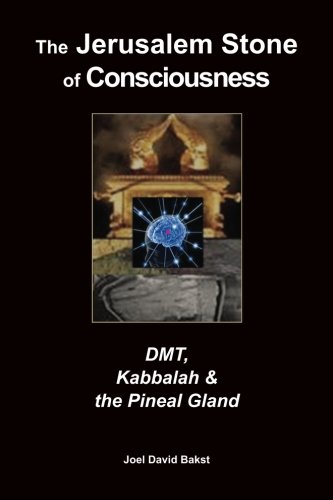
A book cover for The Jerusalem Stone of Consciousness: DMT, Kabbalah and the Pineal Gland; Joel David Bakst; Religion & Spirituality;